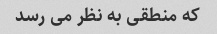
که منطقی به نظر می رسد